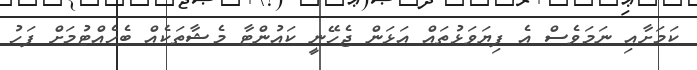
ކަމަށާއި ނަމަވެސް އެ ފިޔަވަޅުތައް އަޅަން ޖެހޭނީ ކައުންޓާ މެޝާތަކެއް ބެހެއްޓުމަށް ފަހު